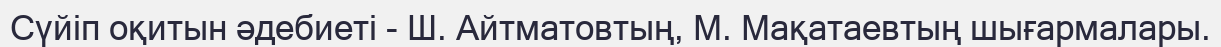
Сүйіп оқитын әдебиеті - Ш. Айтматовтың, М. Мақатаевтың шығармалары.